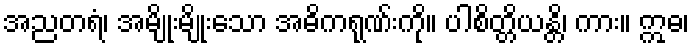
အညတရံ၊ အမျိုးမျိုးသော အဓိကရုဏ်းကို။ ပါစိတ္တိယန္တိ၊ ကား။ ဣဓ၊